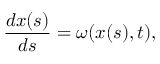
\frac { d \boldsymbol x ( s ) } { d s } = \boldsymbol { \omega } ( \boldsymbol x ( s ) , t ) ,